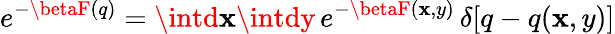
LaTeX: e^{-\betaF(q)}=\intd\mathbf{x}\intdy\, e^{-\betaF(\mathbf{x},y)}\, \delta[q-q(\mathbf{x},y)]